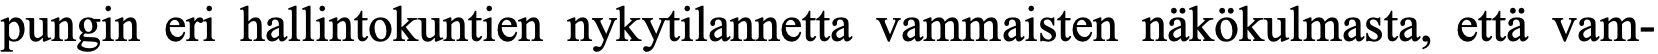
pungin eri hallintokuntien nykytilannetta vammaisten näkökulmasta, että vam-